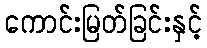
ကောင်းမြတ်ခြင်းနှင့်